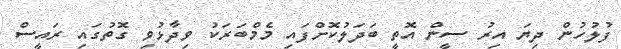
ފުލުހުން ދިޔަ އިރު ސީން އޮތީ ބަދަލުކޮށްފައި މެމްބަރަކު ވިދާޅުވި ގޮތުގައި ރައީސް